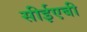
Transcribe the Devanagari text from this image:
सीईएबी